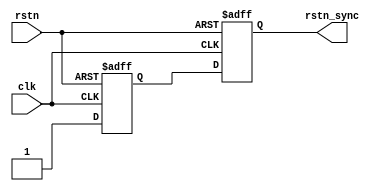
`timescale 1ns / 1ps
//****************************************VSCODE PLUG-IN**********************************// 
//---------------------------------------------------------------------------------------- 
// IDE :                   VSCODE      
// VSCODE plug-in version: Verilog-Hdl-Format-1.5.20240322
// VSCODE plug-in author : Jiang Percy 
//---------------------------------------------------------------------------------------- 
//****************************************Copyright (c)***********************************// 
// Copyright(C)            COMPANY_NAME
// All rights reserved      
// File name:               
// Last modified Date:     2024/03/23 17:36:31 
// Last Version:           V1.0 
// Descriptions:            
//---------------------------------------------------------------------------------------- 
// Created date:           2024/03/23 17:36:31 
// Version:                V1.0 
// TEXT NAME:              rstn_sync.v 
// PATH:                   D:\Allcodes\v\rstn_sync\src\rstn_sync.v 
// Descriptions:            
//                          
//---------------------------------------------------------------------------------------- 
//****************************************************************************************// 

module rstn_sync(
    input                      clk       ,
    input                      rstn      ,
    output                     rstn_sync 
);
    reg                        rstn_d1,rstn_d2  ;

    assign                   rstn_sync= rstn_d2;
        //rstn_d1
    always @(posedge clk or negedge rstn)
        begin
            if(!rstn)
                rstn_d1 <= 0;
              
            else
                rstn_d1 <= 1;                                          //vcc                                   
        end
    always @(posedge clk or negedge rstn)
        begin
            if(!rstn)
                rstn_d2 <= 0;
                                                     
            else
                rstn_d2 <= rstn_d1;                                    //vcc
        end
                                                                   
endmodule